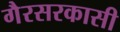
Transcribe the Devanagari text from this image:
गैरसरकासी